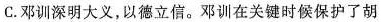
C. 邓训深明大义，以德立信。邓训在关键时候保护了胡